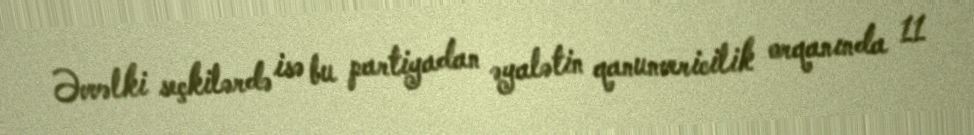
Əvvəlki seçkilərdə isə bu partiyadan əyalətin qanunvericilik orqanında 11